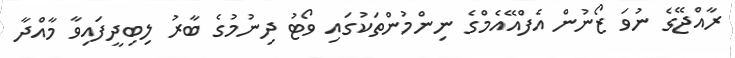
ރާއްޖޭގެ ނުވަ ޒޯނުން އެފްއޭއެމްގެ ނިންމުންތަކުގައި ވޯޓު ދިނުމުގެ ބާރު ލިބިދީފައިވާ މާއްދާ